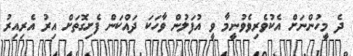
ދެ މީހުންނަށް އެކުވެރިވެވުނީމާ ވީ އުފަލުން ވާހަކަ ދައްކަން ފެށިގޮތަށް އިރު އެރިއިރު